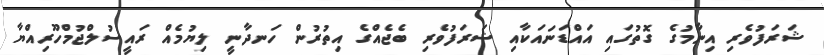
ޝަރަފުވެރި އިނާމުގެ ގޮތުގައި އައްޑަނައަކާއި ޝަރަފުވެރި ބެޖެއްގެ އިތުރުން ހަނދާނީ ލިޔުމެއް ރައީސުލްޖުމްހޫރިއްޔާ